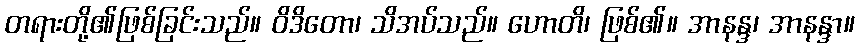
တရားတို့၏ဖြစ်ခြင်းသည်။ ဝိဒိတော၊ သိအပ်သည်။ ဟောတိ၊ ဖြစ်၏။ အာနန္ဒ၊ အာနန္ဒာ။